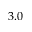
3 . 0